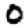
Digit: 0